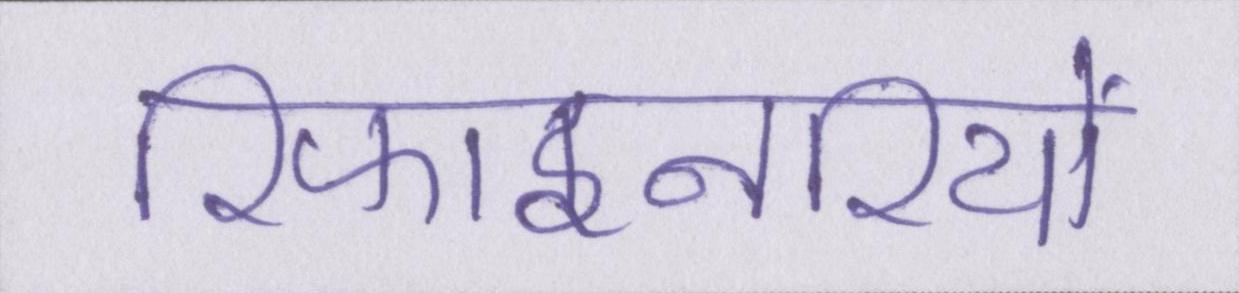
रिफाइनरियों